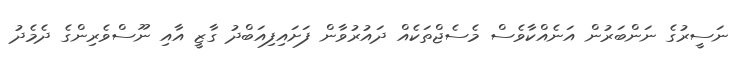
ނަސީރުގެ ނަންބަރުން އަނެއްކާވެސް މެސެޖްތަކެއް ދައުރުވާން ފަށައިފިއަބްދު ގާޒީ އާއި ނޫސްވެރިންގެ ދެމެދު